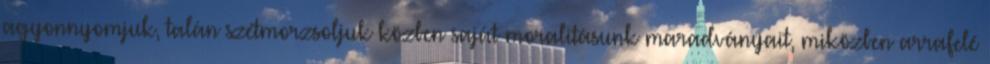
agyonnyomjuk, talán szétmorzsoljuk közben saját moralitásunk maradványait, miközben arrafelé